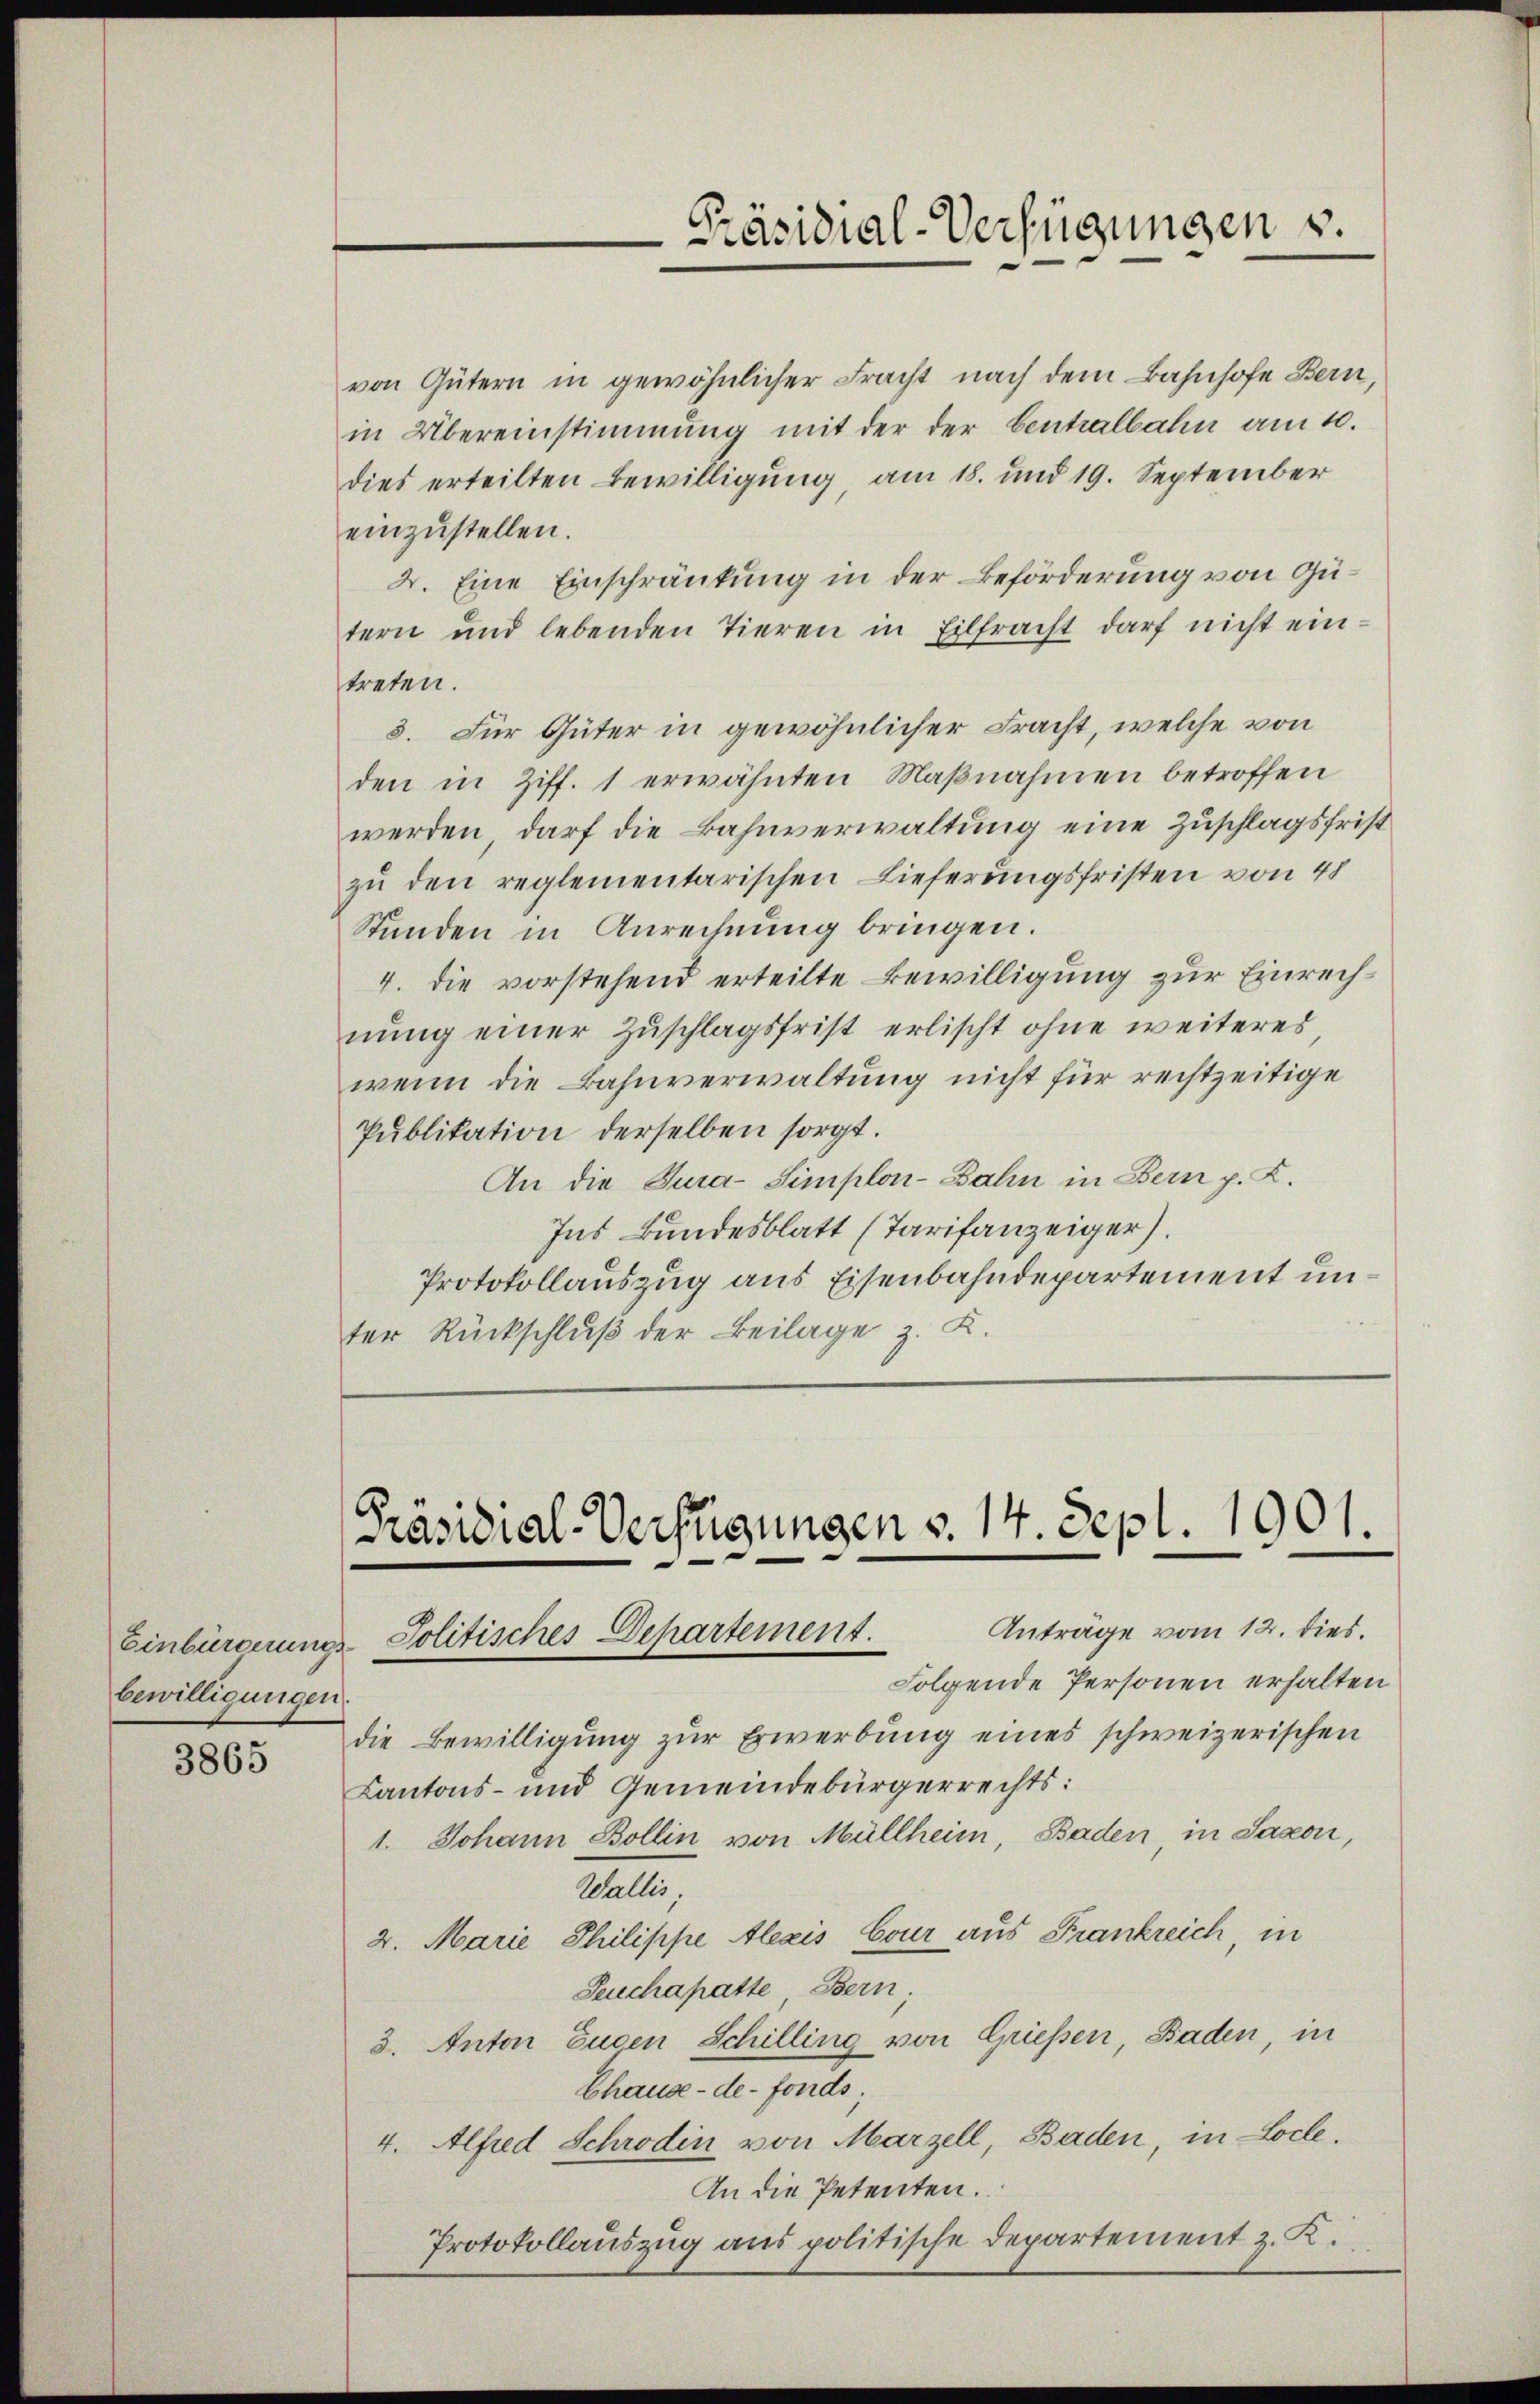
bewilligungen

3865

von Gütern in gewöhnlicher Fracht nach dem Bahnhofe Bern
in Übereinstimmung mit der der Centralbahn am 10.
dies erteilten Bewilligung, am 18. und 19. September
einzustellen.
2. Eine Einschränkung in der Beförderung von Gütern und lebenden Tieren in Eilfracht darf nicht ein-
treten.
3. Für Güter in gewöhnlicher Fracht, welche von
den in Ziff. 1 erwähnten Maßnahmen betroffen
werden, darf die Bahnverwaltung eine Zuschlagsfrist
zu den reglementarischen Lieferungsfristen von 48
Stunden in Anrechnung bringen.
4. die vorstehend erteilte Bewilligung zur Einrechnŭng einer Zŭschlagsfrist erlischt ohne weiteres,
wenn die Bahnverwaltung nicht für rechtzeitige
Publikation derselben sorgt.
An die Tura-Simplon-Bahn in Bern p. K.
Ins Bundesblatt (Tarifanzeiger).
Protokollauszug aus Eisenbahndepartement unter Rückschluß der Beilage z. K.

Präsidial-Verfügungen v.

[Präsidial-Verfügungen v. 14. Sept. 1901.
Antrage vom 12. dies.
Einbürgerungs Politisches Departement.

Folgende Personen erhalten
die Bewilligung zur Erwerbung eines schweizerischen
Kantons- und Gemeindebürgerrechts:
1. Johann Bollin von Müllheim Baden, in Saxon,
Wallis,
2. Marie Philippe Alexis Cour aus Frankreich, in
Leuchapatte Bern
3. Anton Eugen Schilling von Grießen, Baden, in
Chause-de-Fonds.
4. Alfred Schrodin von Marzell, Baden, in Loche.
An die Petenten.
Protokollauszug aus politische Departement z. K.